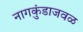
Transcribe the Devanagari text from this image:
नागकुंडाजवळ